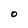
Character: O